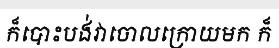
ក៏បោះបង់វាចោលក្រោយមក ក៏